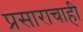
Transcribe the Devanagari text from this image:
प्रसाराचाही